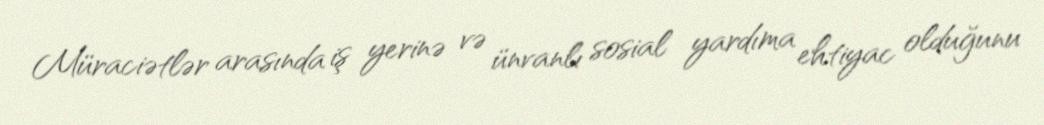
Müraciətlər arasında iş yerinə və ünvanlı sosial yardıma ehtiyac olduğunu